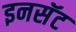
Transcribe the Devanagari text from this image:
इनसॅट